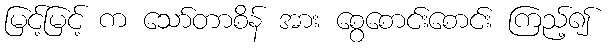
မြင့်မြင့် က သော်တာစိန် အား စွေစောင်းစောင်း ကြည့်၍